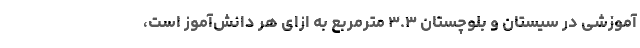
آموزشی در سیستان و بلوچستان ۳.۳ مترمربع به ازای هر دانش‌آموز است،